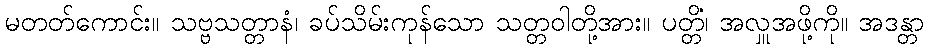
မတတ်ကောင်း။ သဗ္ဗသတ္တာနံ၊ ခပ်သိမ်းကုန်သော သတ္တဝါတို့အား။ ပတ္တိံ၊ အလှူအဖို့ကို။ အဒန္တာ